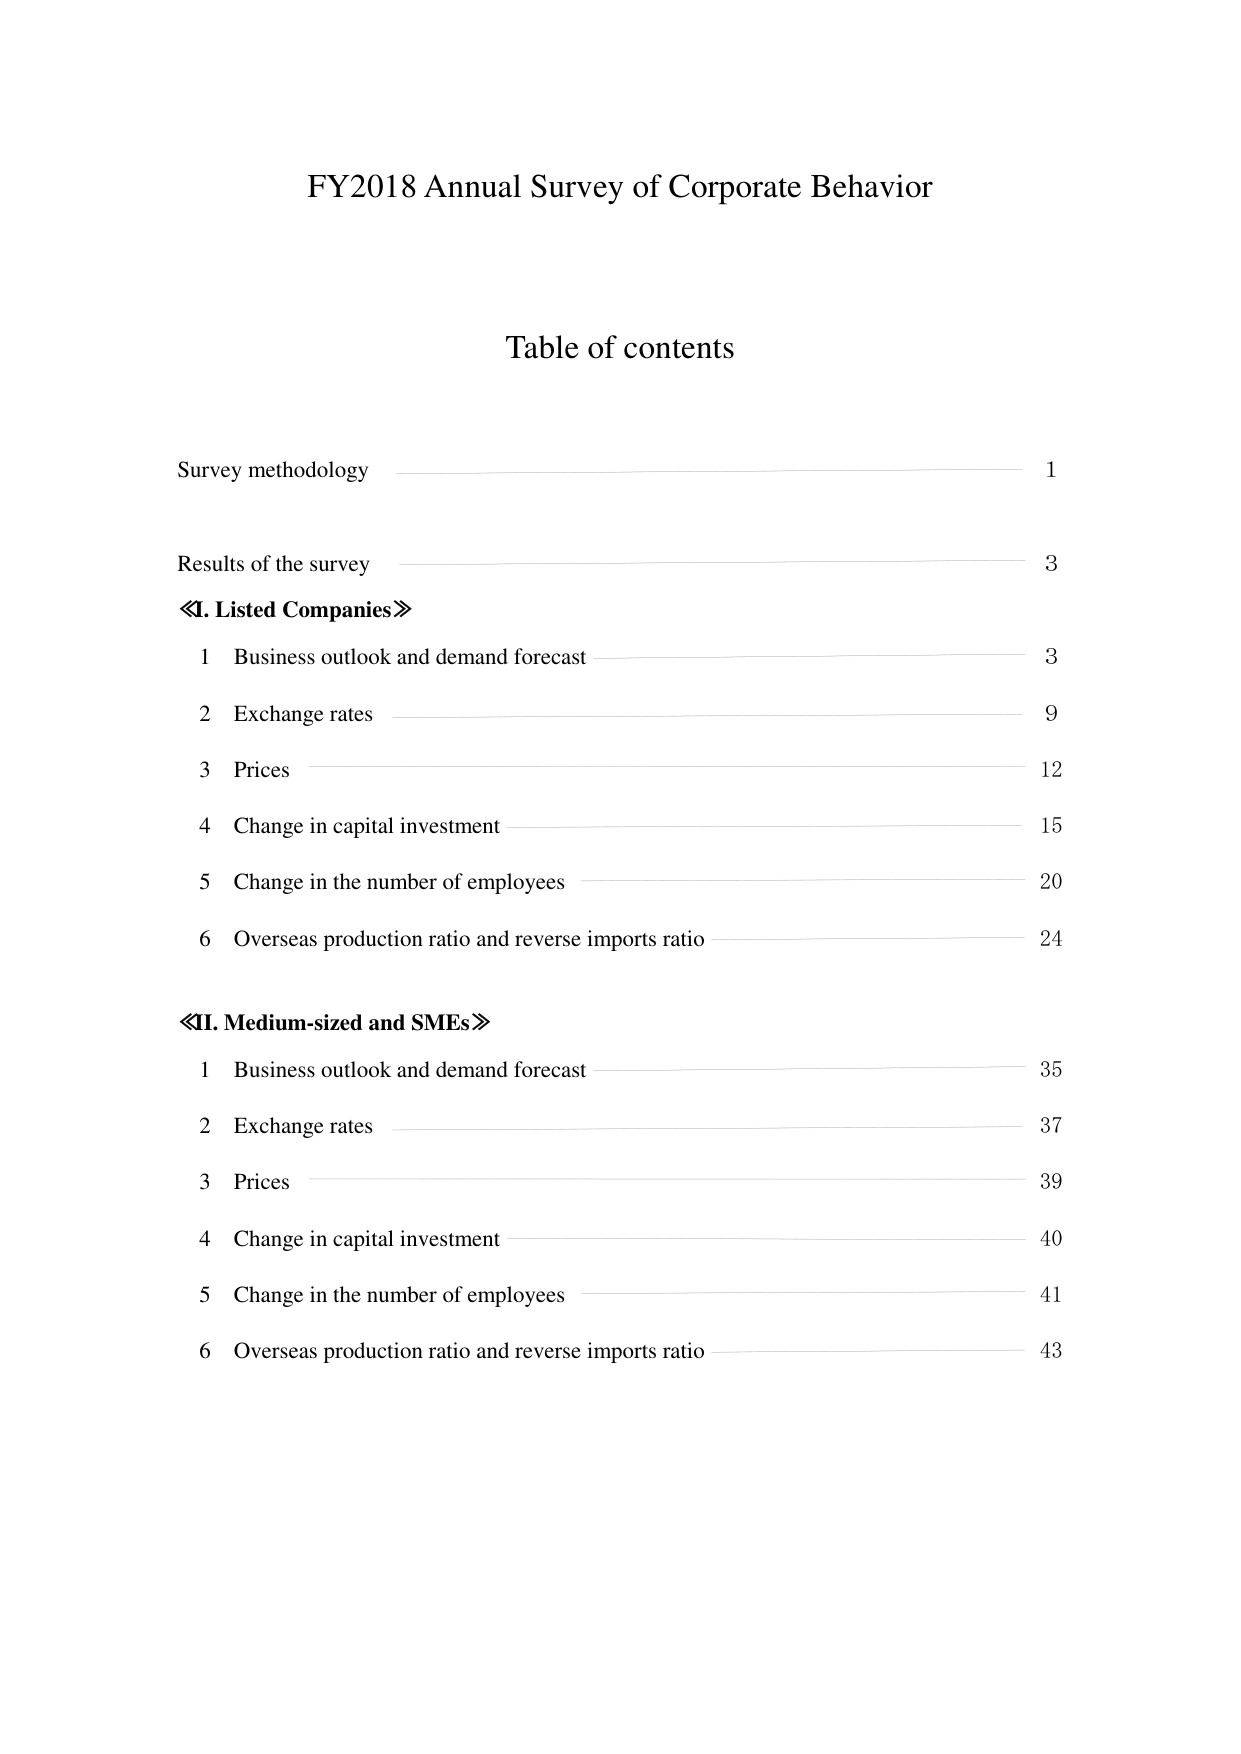
FY2018 Annual Survey of Corporate Behavior

Table of contents

Survey methodology 1

Results of the survey 3
≪I. Listed Companies≫
1 Business outlook and demand forecast 3
2 Exchange rates 9
3 Prices 12
4 Change in capital investment 15
5 Change in the number of employees 20
6 Overseas production ratio and reverse imports ratio 24

≪II. Medium-sized and SMEs≫
1 Business outlook and demand forecast 35
2 Exchange rates 37
3 Prices 39
4 Change in capital investment 40
5 Change in the number of employees 41
6 Overseas production ratio and reverse imports ratio 43